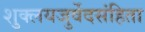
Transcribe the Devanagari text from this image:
शुक्लयजुर्वेदसंहिता